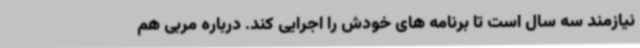
نیازمند سه سال است تا برنامه های خودش را اجرایی کند. درباره مربی هم